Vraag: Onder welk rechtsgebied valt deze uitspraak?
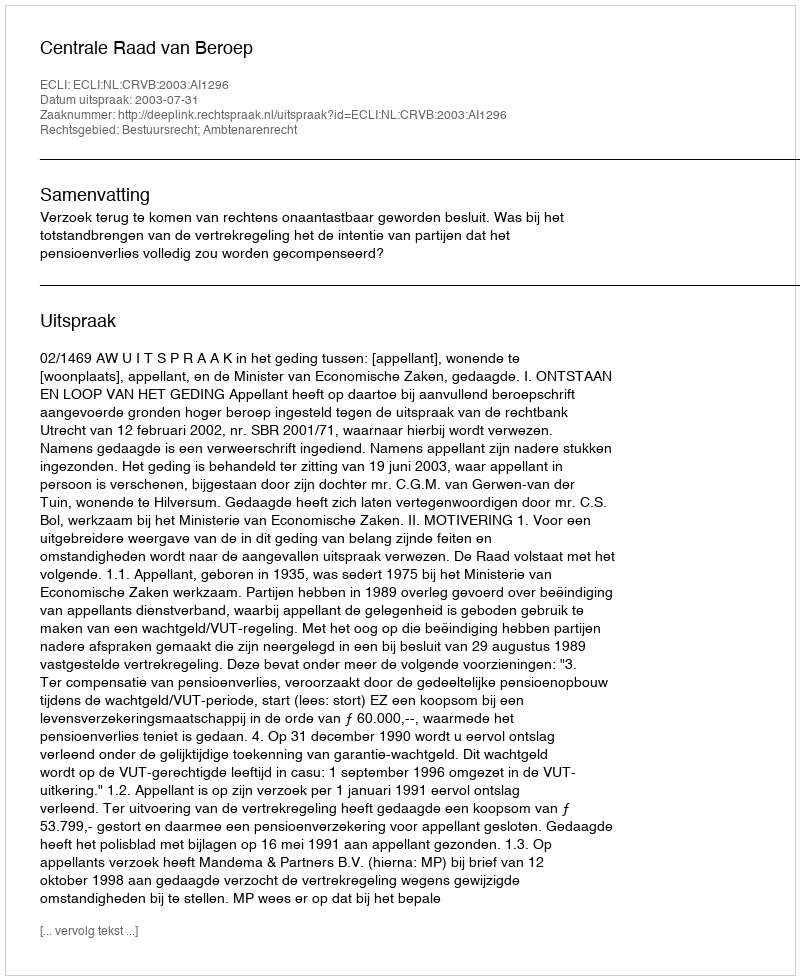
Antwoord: Bestuursrecht; Ambtenarenrecht